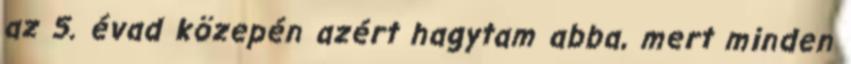
az 5. évad közepén azért hagytam abba, mert minden